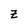
Character: z